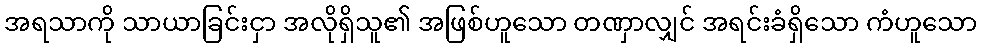
အရသာကို သာယာခြင်းငှာ အလိုရှိသူ၏ အဖြစ်ဟူသော တဏှာလျှင် အရင်းခံရှိသော ကံဟူသော